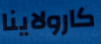
كارولاينا